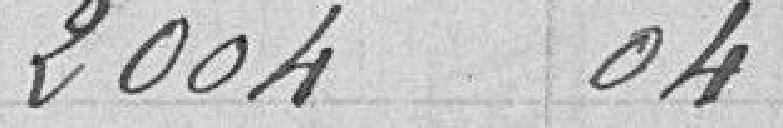
2004,04